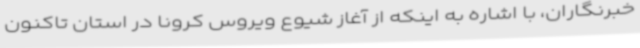
خبرنگاران، با اشاره به اینکه از آغاز شیوع ویروس کرونا در استان تاکنون